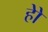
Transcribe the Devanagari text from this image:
होे